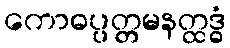
ကောဓပ္ပတ္တမနတ္ထဒ္ဓံ